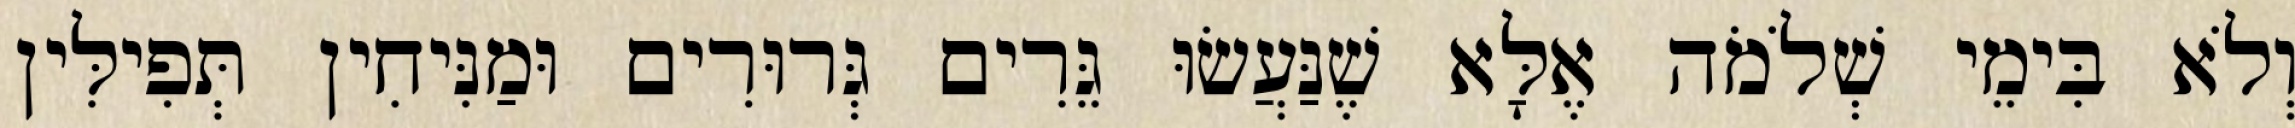
וְלֹא בִּימֵי שְׁלֹמֹה אֶלָּא שֶׁנַּעֲשׂוּ גֵּרִים גְּרוּרִים וּמַנִּיחִין תְּפִילִּין